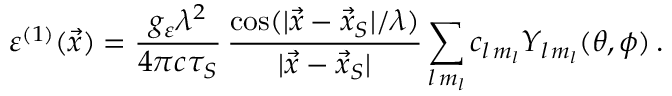
\varepsilon ^ { ( 1 ) } ( \vec { x } ) = \frac { g _ { \varepsilon } \lambda ^ { 2 } } { 4 \pi c \tau _ { S } } \, \frac { \cos ( | \vec { x } - \vec { x } _ { S } | / \lambda ) } { | \vec { x } - \vec { x } _ { S } | } \sum _ { l \, m _ { l } } c _ { l \, m _ { l } } Y _ { l \, m _ { l } } ( \theta , \phi ) \, .